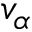
v _ { \alpha }